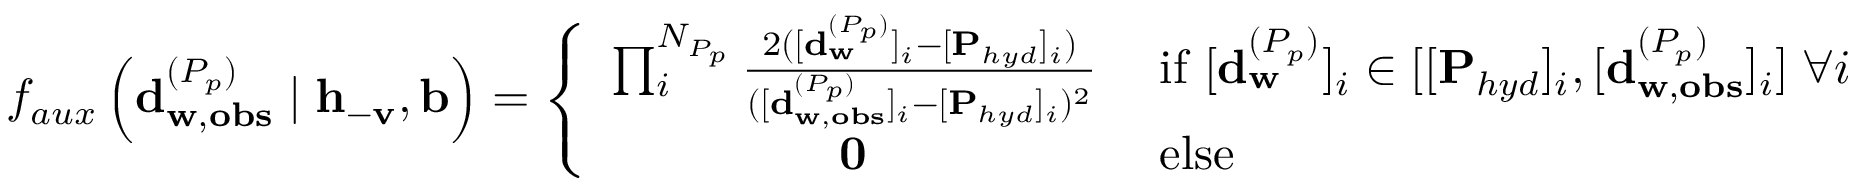
\begin{array} { r } { f _ { a u x } \left( \mathbf { d } _ { \mathbf { w } , \mathbf { o b s } } ^ { ( P _ { p } ) } \mid \mathbf { h } _ { \mathbf { - v } } , \mathbf { b } \right) = \left\{ \begin{array} { l l } { \prod _ { i } ^ { N _ { P _ { p } } } \frac { 2 ( [ \mathbf { d } _ { \mathbf { w } } ^ { ( P _ { p } ) } ] _ { i } - [ \mathbf { P } _ { h y d } ] _ { i } ) } { ( [ \mathbf { d } _ { \mathbf { w , o b s } } ^ { ( P _ { p } ) } ] _ { i } - [ \mathbf { P } _ { h y d } ] _ { i } ) ^ { 2 } } \; } & { \mathrm { i f ~ } [ \mathbf { d } _ { \mathbf { w } } ^ { ( P _ { p } ) } ] _ { i } \in [ [ \mathbf { P } _ { h y d } ] _ { i } , [ \mathbf { d } _ { \mathbf { w , o b s } } ^ { ( P _ { p } ) } ] _ { i } ] \; \forall i } \\ { \; \; \; \; \; \; \; \; \; \; \; \; \; \; \; \; \; \mathbf { 0 } \; } & { \mathrm { e l s e } } \end{array} \right. } \end{array}